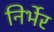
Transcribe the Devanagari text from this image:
निर्भेर